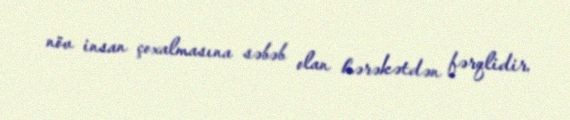
növ insan çoxalmasına səbəb olan hərəkətdən fərqlidir.